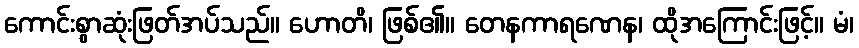
ကောင်းစွာဆုံးဖြတ်အပ်သည်။ ဟောတိ၊ ဖြစ်၏။ တေနကာရဏေန၊ ထိုအကြောင်းဖြင့်။ မံ၊